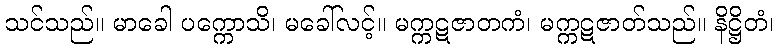
သင်သည်။ မာခေါ ပက္ကောသိ၊ မခေါ်လင့်။ မက္ကဋဇာတကံ၊ မက္ကဋဇာတ်သည်။ နိဋ္ဌိတံ၊